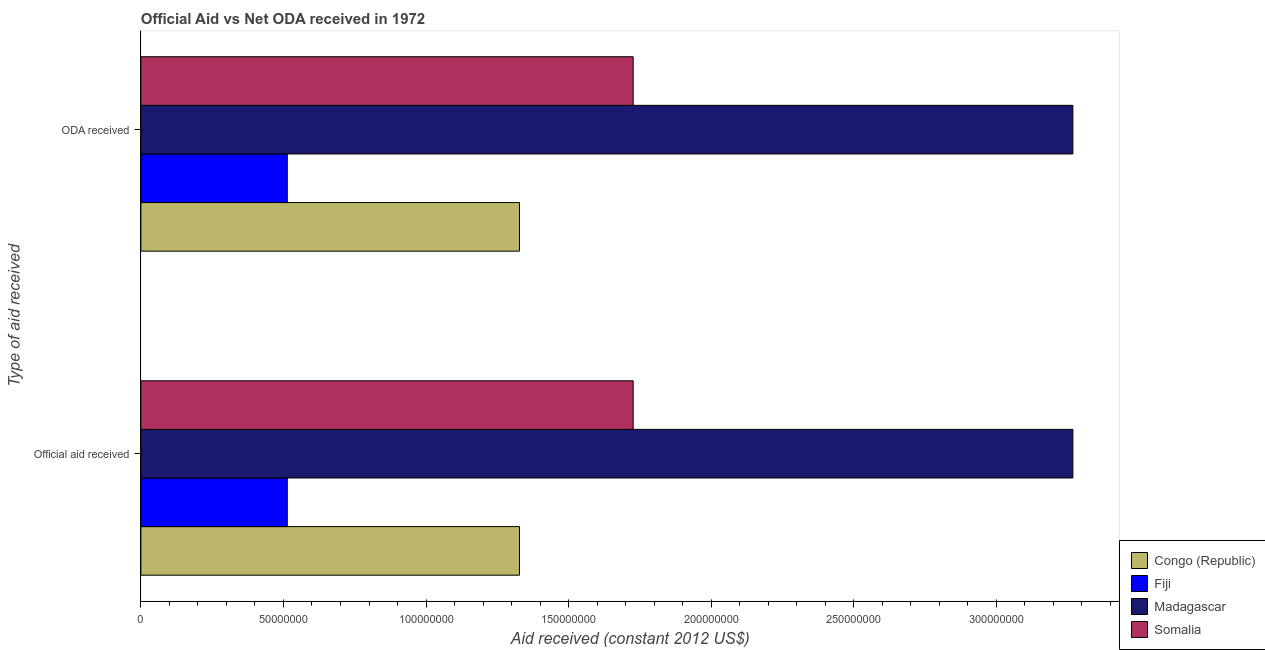
| Type of aid received | Congo (Republic) | Fiji | Madagascar | Somalia |
 | --- | --- | --- | --- | --- |
 | Official aid received | 1.33e+08 | 5.13e+07 | 3.27e+08 | 1.73e+08 |
 | ODA received | 1.33e+08 | 5.13e+07 | 3.27e+08 | 1.73e+08 |